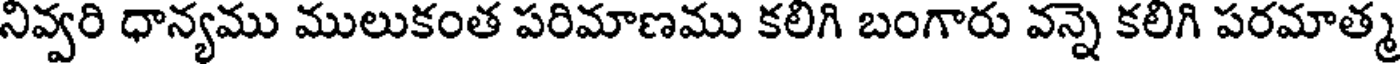
నివ్వరి ధాన్యము ములుకంత పరిమాణము కలిగి బంగారు వన్నె కలిగి పరమాత్మ